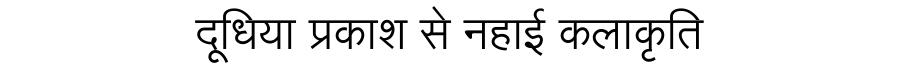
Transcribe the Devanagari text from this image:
दूधिया प्रकाश से नहाई कलाकृति